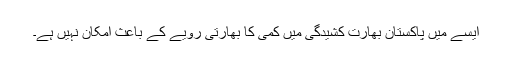
ایسے میں پاکستان بھارت کشیدگی میں کمی کا بھارتی رویے کے باعث امکان نہیں ہے۔